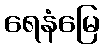
ရေနံမြေ